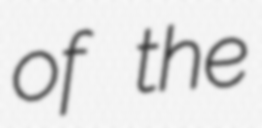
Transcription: of the